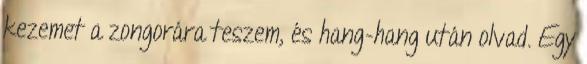
kezemet a zongorára teszem, és hang-hang után olvad. Egy